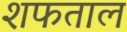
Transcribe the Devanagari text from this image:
शफताल